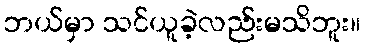
ဘယ်မှာ သင်ယူခဲ့လည်းမသိဘူး။